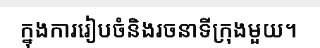
ក្នុងការរៀបចំនិងរចនាទីក្រុងមួយ។